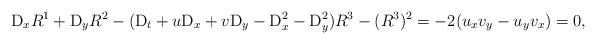
LaTeX: \begin{gather*}\mathrm D_xR^1+\mathrm D_yR^2-(\mathrm D_t+u\mathrm D_x+v\mathrm D_y-\mathrm D_x^2-\mathrm D_y^2)R^3-(R^3)^2=-2(u_xv_y-u_yv_x)=0,\end{gather*}